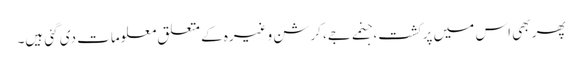
پھر بھی اس میں پرکشت، جنمے جے، کرشن وغیرہ کے متعلق معلومات دی گئی ہیں۔